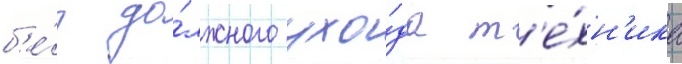
б'е́з до́лжного ухо́да т'е́хн'ика